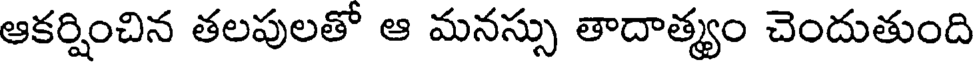
ఆకర్షించిన తలపులతో ఆ మనస్సు తాదాత్మ్యం చెందుతుంది